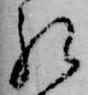
礼